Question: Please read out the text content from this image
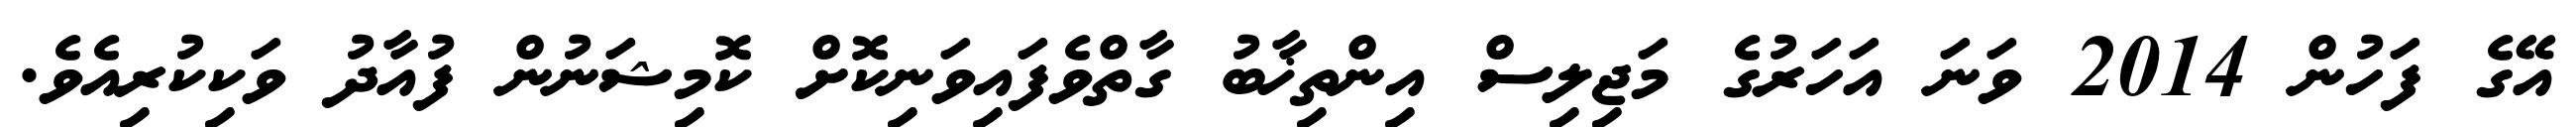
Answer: އޭގެ ފަހުން 2014 ވަނަ އަހަރުގެ މަޖިލިސް އިންތިޚާބު ގާތްވެފައިވަނިކޮށް ކޮމިޝަނުން ފުއާދު ވަކިކުރިއެވެ.